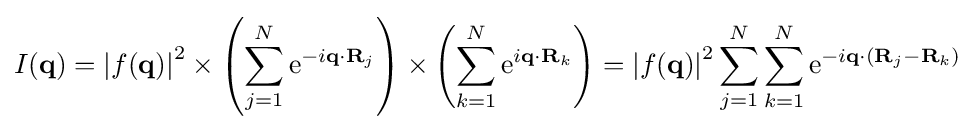
I(\mathbf {q} )=\left|f(\mathbf {q} )\right|^{2}\times \left(\sum _{j=1}^{N}\mathrm {e} ^{-i\mathbf {q} \cdot \mathbf {R} _{j}}\right)\times \left(\sum _{k=1}^{N}\mathrm {e} ^{i\mathbf {q} \cdot \mathbf {R} _{k}}\right)=\left|f(\mathbf {q} )\right|^{2}\sum _{j=1}^{N}\sum _{k=1}^{N}\mathrm {e} ^{-i\mathbf {q} \cdot (\mathbf {R} _{j}-\mathbf {R} _{k})}